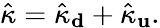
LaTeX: \hat{\kappa}=\hat{\kappa}_{\mathbf d}+\hat{\kappa}_{\mathbf u}.